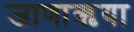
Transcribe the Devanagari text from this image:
जाणाऋया